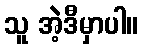
သူ အဲ့ဒီမှာပါ။